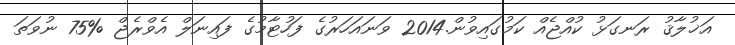
އަޚުލާޤު ރަނގަޅު ކުއްޖެއް ކަމުގައިވުން.2014 ވަނައަހަރުގެ ފަހުޓާމުގެ ފައިނަލް އެވްރެޖް %75 ނުވަތަ